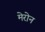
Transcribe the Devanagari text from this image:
मेरोन